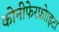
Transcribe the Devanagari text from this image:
कोनीफेरफ्रोाइटा